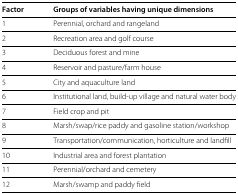
| Factor | Groups of variables having unique dimensions |
 | --- | --- |
 | 1 | Perennial, orchard and rangeland |
 | 2 | Recreation area and golf course |
 | 3 | Deciduous forest and mine |
 | 4 | Reservoir and pasture/farm house |
 | 5 | City and aquaculture land |
 | 6 | Institutional land, build-up village and natural water body |
 | 7 | Field crop and pit |
 | 8 | Marsh/swap/rice paddy and gasoline station/workshop |
 | 9 | Transportation/communication, horticulture and landfill |
 | 10 | Industrial area and forest plantation |
 | 11 | Perennial/orchard and cemetery |
 | 12 | Marsh/swamp and paddy field |